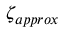
\zeta _ { a p p r o x }